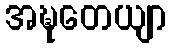
အဍ္ဎတေယျာ